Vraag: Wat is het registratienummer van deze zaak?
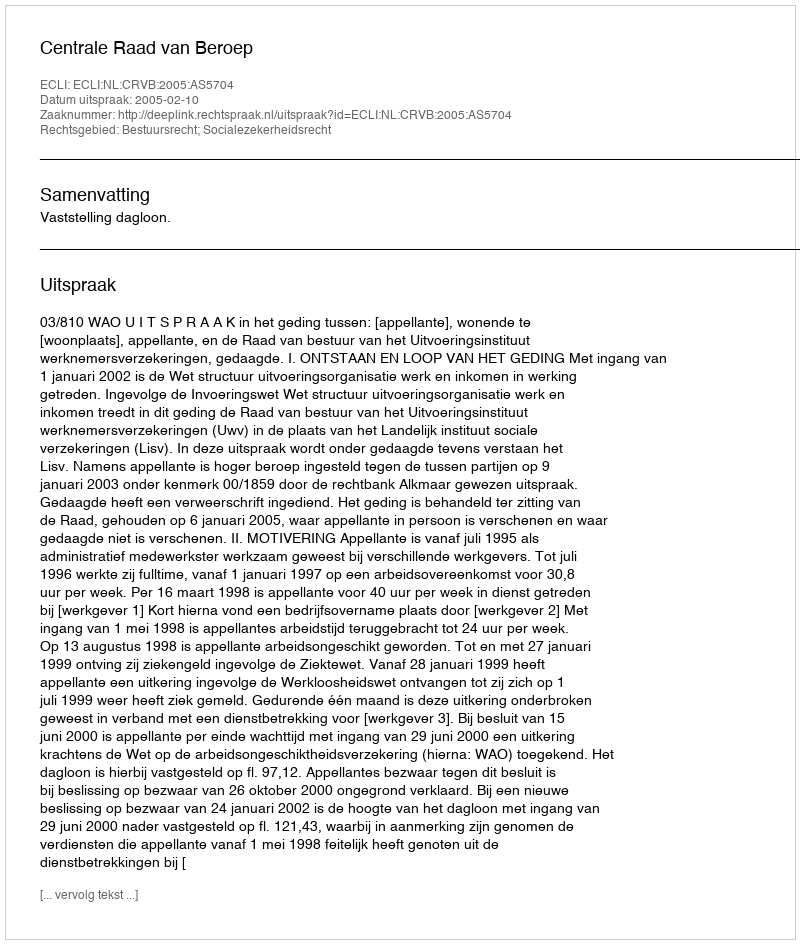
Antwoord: http://deeplink.rechtspraak.nl/uitspraak?id=ECLI:NL:CRVB:2005:AS5704